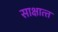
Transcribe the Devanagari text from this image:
साक्षात्‍त